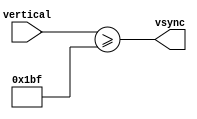
module vsyncer (vertical,vsync);
input[8:0] vertical;
output vsync;

assign vsync=(vertical>=447);

endmodule